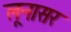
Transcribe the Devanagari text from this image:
लूनासर